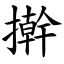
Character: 擀